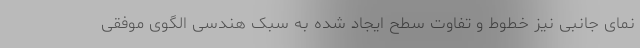
نمای جانبی نیز خطوط و تفاوت سطح ایجاد شده به سبک هندسی الگوی موفقی